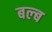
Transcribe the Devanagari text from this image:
बल्‍ब